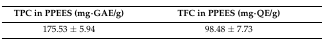
| TPC in PPEES (mg∙GAE/g) | TFC in PPEES (mg∙QE/g) |
 | --- | --- |
 | 175.53 ± 5.94 | 98.48 ± 7.73 |